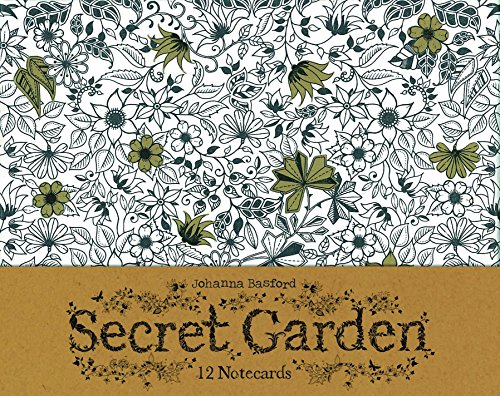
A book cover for Secret Garden: 12 Notecards; Science & Math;